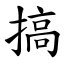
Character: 搞